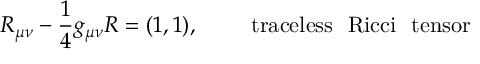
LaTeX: R _ { \mu \nu } - \frac { 1 } { 4 } g _ { \mu \nu } R = ( 1 , 1 ) , ~ ~ ~ ~ ~ ~ ~ \mathrm { t r a c e l e s s ~ ~ R i c c i ~ ~ t e n s o r }